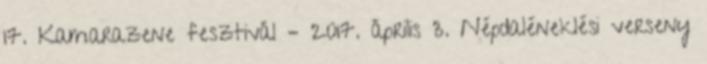
17. Kamarazene fesztivál – 2017. április 3. Népdaléneklési verseny